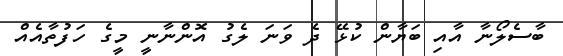
ބާސެލޯނާ އާއި ބަޔާން ކުޅޭ ދެ ވަނަ ލެގު އޮންނާނީ މީގެ ހަފުތާއެއް